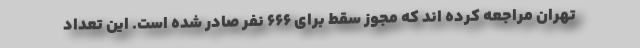
تهران مراجعه کرده اند که مجوز سقط برای ۶۶۶ نفر صادر شده است. این تعداد